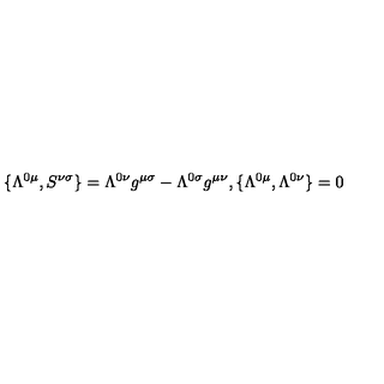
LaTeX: \{ \Lambda ^ { 0 \mu } , S ^ { \nu \sigma } \} = \Lambda ^ { 0 \nu } g ^ { \mu \sigma } - \Lambda ^ { 0 \sigma } g ^ { \mu \nu } , \{ \Lambda ^ { 0 \mu } , \Lambda ^ { 0 \nu } \} = 0